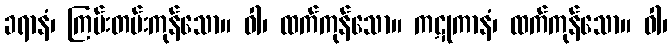
ခရာနံ၊ ကြမ်းတမ်းကုန်သော။ ဝါ၊ ထက်ကုန်သော။ ကဋုကာနံ၊ ထက်ကုန်သော။ ဝါ၊